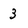
Character: 3